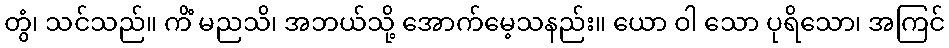
တွံ၊ သင်သည်။ ကိံ မညသိ၊ အဘယ်သို့ အောက်မေ့သနည်း။ ယော ဝါ သော ပုရိသော၊ အကြင်